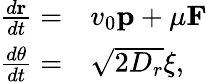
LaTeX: \begin{array}{rl}{\frac{d\mathbf{r}}{dt}=}&{{}v_{0}\mathbf{p}+\mu\mathbf{F}}\\ {\frac{d\theta}{dt}=}&{{}\sqrt{2D_{r}}\xi,}\end{array}